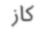
كاز